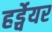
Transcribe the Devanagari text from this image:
हर्ड्वेयर